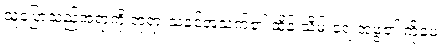
သူပြောသည့်အရာကို ဘုရားသခင့်အသက်၏ ထိန်းသိမ်းရေးအဖွဲ့၏ ကိုမေး